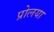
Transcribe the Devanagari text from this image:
प्रोलया